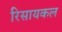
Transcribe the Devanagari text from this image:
रिसायकल